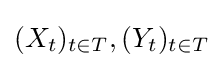
(X_{t})_{t\in T},(Y_{t})_{t\in T}